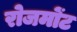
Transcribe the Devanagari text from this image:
रोजमोंट